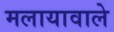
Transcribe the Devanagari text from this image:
मलायावाले